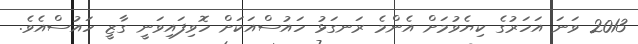
2013 ވަނަ އަހަރުގެ ކިޔެވުމަށް އެންމެ ރަނގަޅު ހައުސްއަކަށް ހޮވިފައިވަނީ ގާޒީ ހައުސްއެވެ.